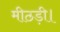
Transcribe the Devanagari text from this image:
मीठड़ी।